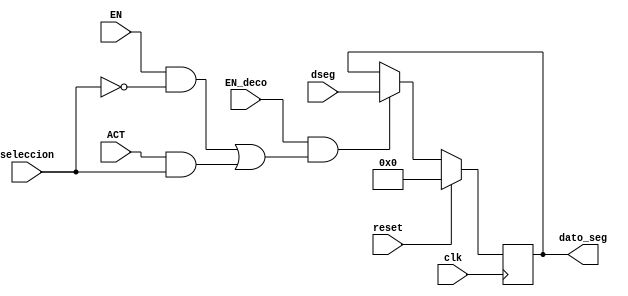
`timescale 1ns / 1ps
//////////////////////////////////////////////////////////////////////////////////
// Company: 
// Engineer: 
// 
// Design Name: 
// Module Name:    registro_minutos_VGA 
// Project Name: 
// Target Devices: 
// Tool versions: 
// Description: 
//
// Dependencies: 
//
// Revision: 
// Revision 0.01 - File Created
// Additional Comments: 
//
//////////////////////////////////////////////////////////////////////////////////
module registro_minutos_VGA(
input wire clk,reset,seleccion,
input wire [7:0] dseg,
input wire EN,EN_deco,ACT,
output reg [7:0]dato_seg
    );

always@(posedge clk ) 
begin   
   if (reset)
      dato_seg<=0;

	else begin 
	if((EN_deco==1)&&(((EN==1)&&(seleccion==0))||((ACT==1)&&(seleccion==1))))
     dato_seg<=dseg;
	 else 
	  dato_seg<=dato_seg;
	  end
	 
end

endmodule